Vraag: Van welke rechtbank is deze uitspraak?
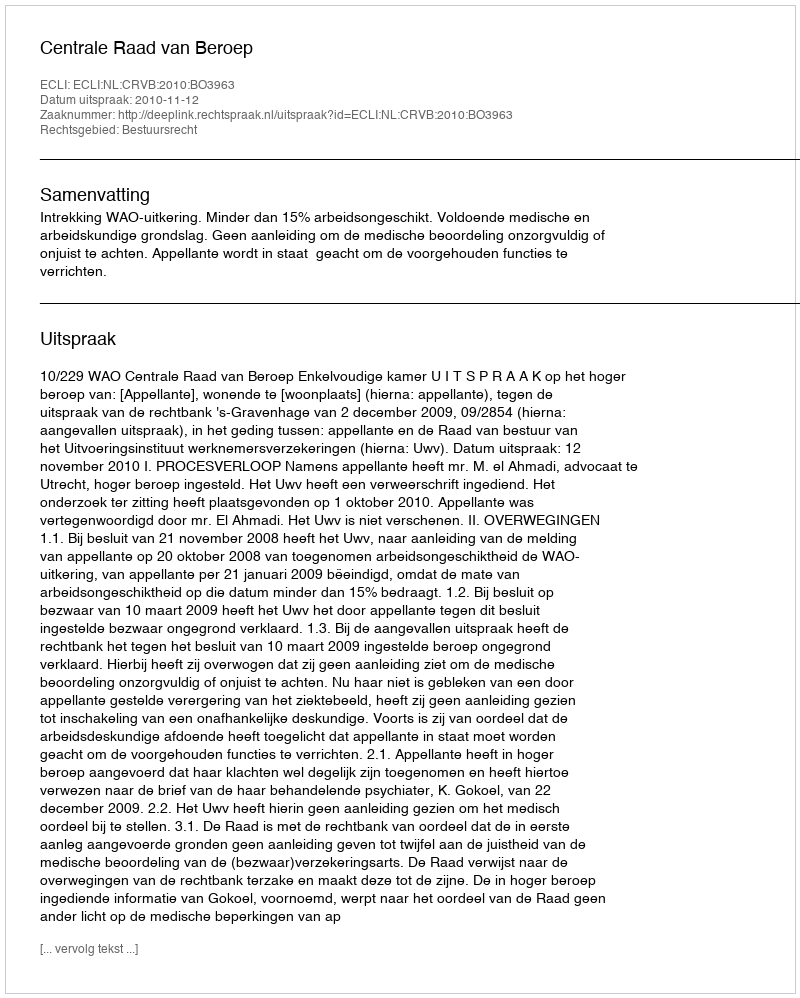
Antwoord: Centrale Raad van Beroep